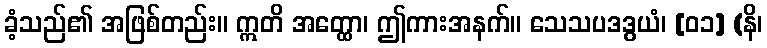
ခံ့သည်၏ အဖြစ်တည်း။ ဣတိ အတ္ထော၊ ဤကားအနက်။ သေသပဒဒွယံ၊ [၀၁] (နိ၊